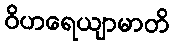
ဝိဟရေယျာမာတိ